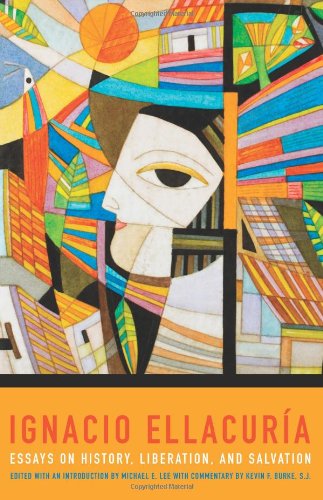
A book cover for Ignacio Ellacuria: Essays on History, Liberation, and Salvation; Michael E. Lee; Christian Books & Bibles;